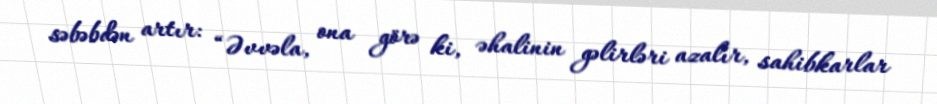
səbəbdən artır: “Əvvəla, ona görə ki, əhalinin gəlirləri azalır, sahibkarlar